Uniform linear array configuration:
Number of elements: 16
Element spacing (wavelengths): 1
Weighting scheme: hamming
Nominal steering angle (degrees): -60
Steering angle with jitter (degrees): -61.179
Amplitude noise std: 0.05
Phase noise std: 0.05

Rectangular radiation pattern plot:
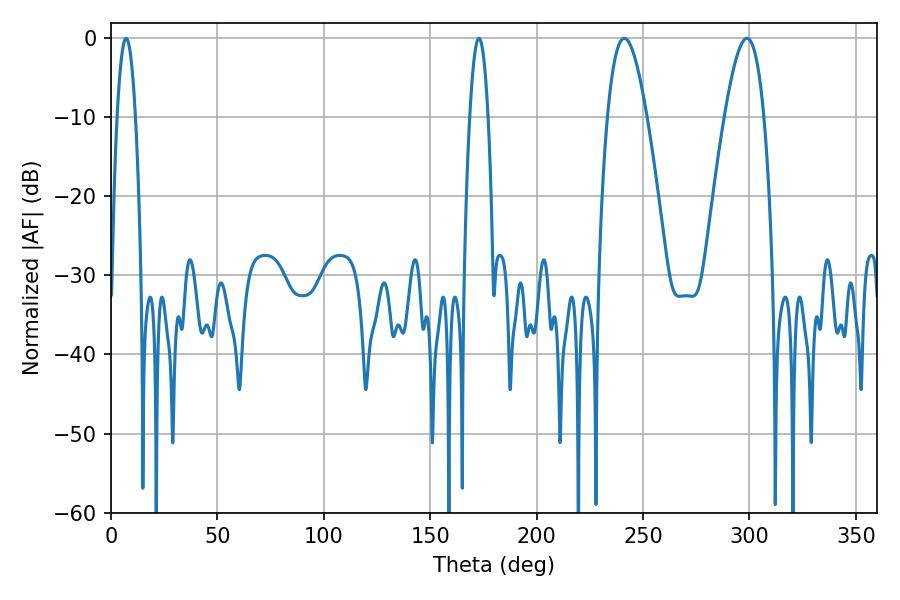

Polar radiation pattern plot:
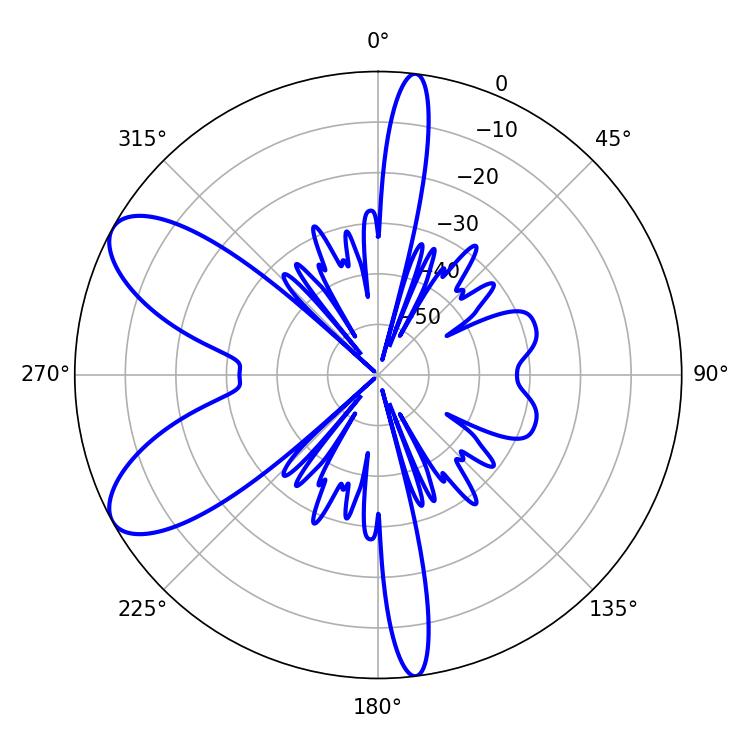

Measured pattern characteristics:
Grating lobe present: TRUE
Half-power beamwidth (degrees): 10.08
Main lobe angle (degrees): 241.2